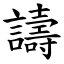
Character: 譸